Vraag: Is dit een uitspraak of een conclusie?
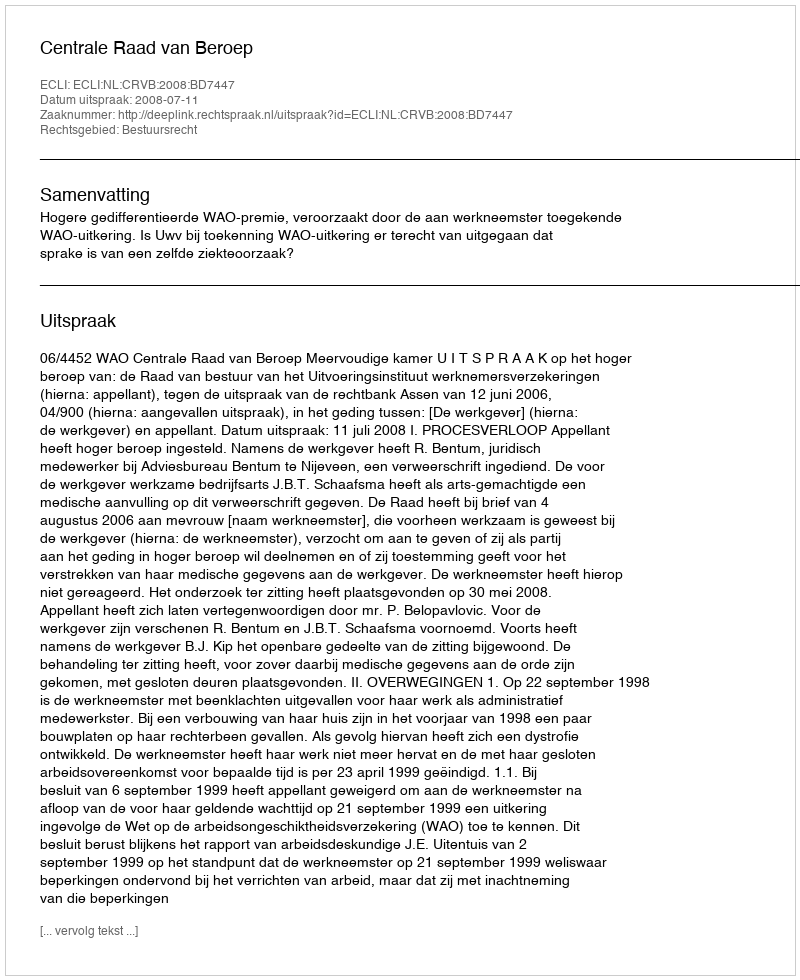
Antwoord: Uitspraak